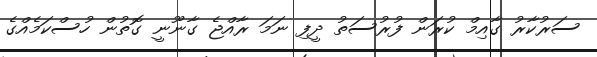
ސަރުކާރު ގާއިމް ކުރަން ފުރުސަތު ދީފި ނަމަ ރާއްޖެ ގާނޫނީ ގޮތުން ހުސްކަމެއްގެ